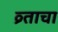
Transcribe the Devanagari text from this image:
व्र्ताचा